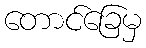
တောင်ခြေမှ